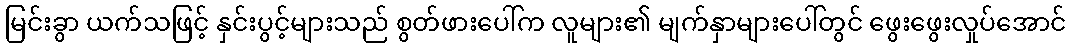
မြင်းခွာ ယက်သဖြင့် နှင်းပွင့်များသည် စွတ်ဖားပေါ်က လူများ၏ မျက်နှာများပေါ်တွင် ဖွေးဖွေးလှုပ်အောင်